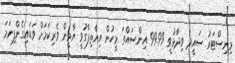
މިނިސްޓަރު ސައީދު ވިދާޅުވީ 99.99 އިންސައްތަ މީހުން އިއްތިފާގުވީ ޔާމީން ވެރިކަމަށް ވަޑައިގެންފިނަމަ